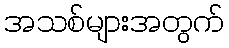
အသစ်များအတွက်